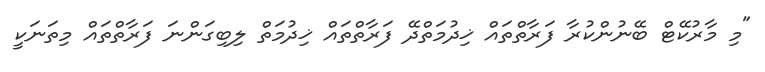
"މި މާރުކޭޓް ބޭނުންކުރާ ފަރާތްތައް ޚިދުމަތްދޭ ފަރާތްތައް ޚިދުމަތް ލިބިގަންނަ ފަރާތްތައް މިތަނަކީ